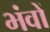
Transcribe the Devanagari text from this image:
भंवों